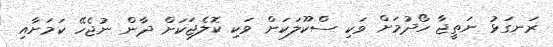
ރަނގަޅު ނަތީޖާ ހޯދުމަށް ވަކި ސްކޫލަކަށް ވަކި ކޮލެޖަކަށް ދާން ނުޖެހޭ ކަމަށާއި